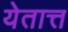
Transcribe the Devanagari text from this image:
येतात्त